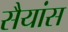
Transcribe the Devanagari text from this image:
सैयांस